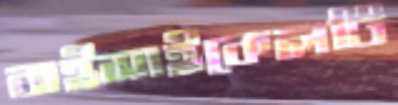
বাইসাইকেলটি